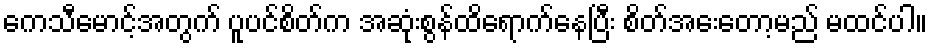
ကေသီမောင့်အတွက် ပူပင်စိတ်က အဆုံးစွန်ထိရောက်နေပြီး စိတ်အေးတော့မည် မထင်ပါ။